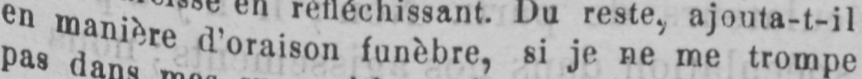
en manière d’oraison funèbre, si je ne me trompe